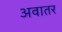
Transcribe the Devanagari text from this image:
अवातर